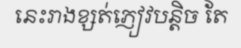
នេះរាងខ្សត់ភ្ញៀវបន្តិច តែ